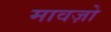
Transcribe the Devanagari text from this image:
मावज़ो